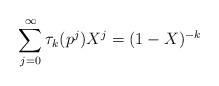
LaTeX: \begin{align*} \sum_{j=0}^{\infty} \tau_{k}(p^j) X^{j} = (1-X)^{-k}\end{align*}